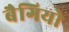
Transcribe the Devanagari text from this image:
बैगियो